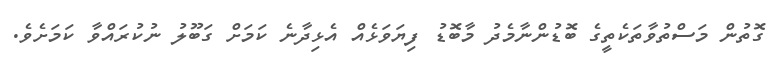
ގޮތުން މަސްތުވާތަކެތީގެ ބޮޑުންނާމެދު މާބޮޑު ފިޔަވަޅެއް އެޅިދާނެ ކަމަށް ގަބޫލު ނުކުރައްވާ ކަމަށެވެ.